Source: Handwritten
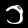
Digit: ၁ (1)